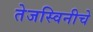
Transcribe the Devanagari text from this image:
तेजस्विनीचे